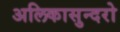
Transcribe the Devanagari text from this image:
अलिकासुन्दरो